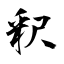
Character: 釈